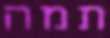
תמה